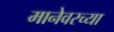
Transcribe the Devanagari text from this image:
मानेवरच्या